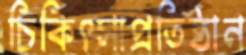
চিকিৎসাপ্রতিষ্ঠান